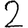
Digit: 2